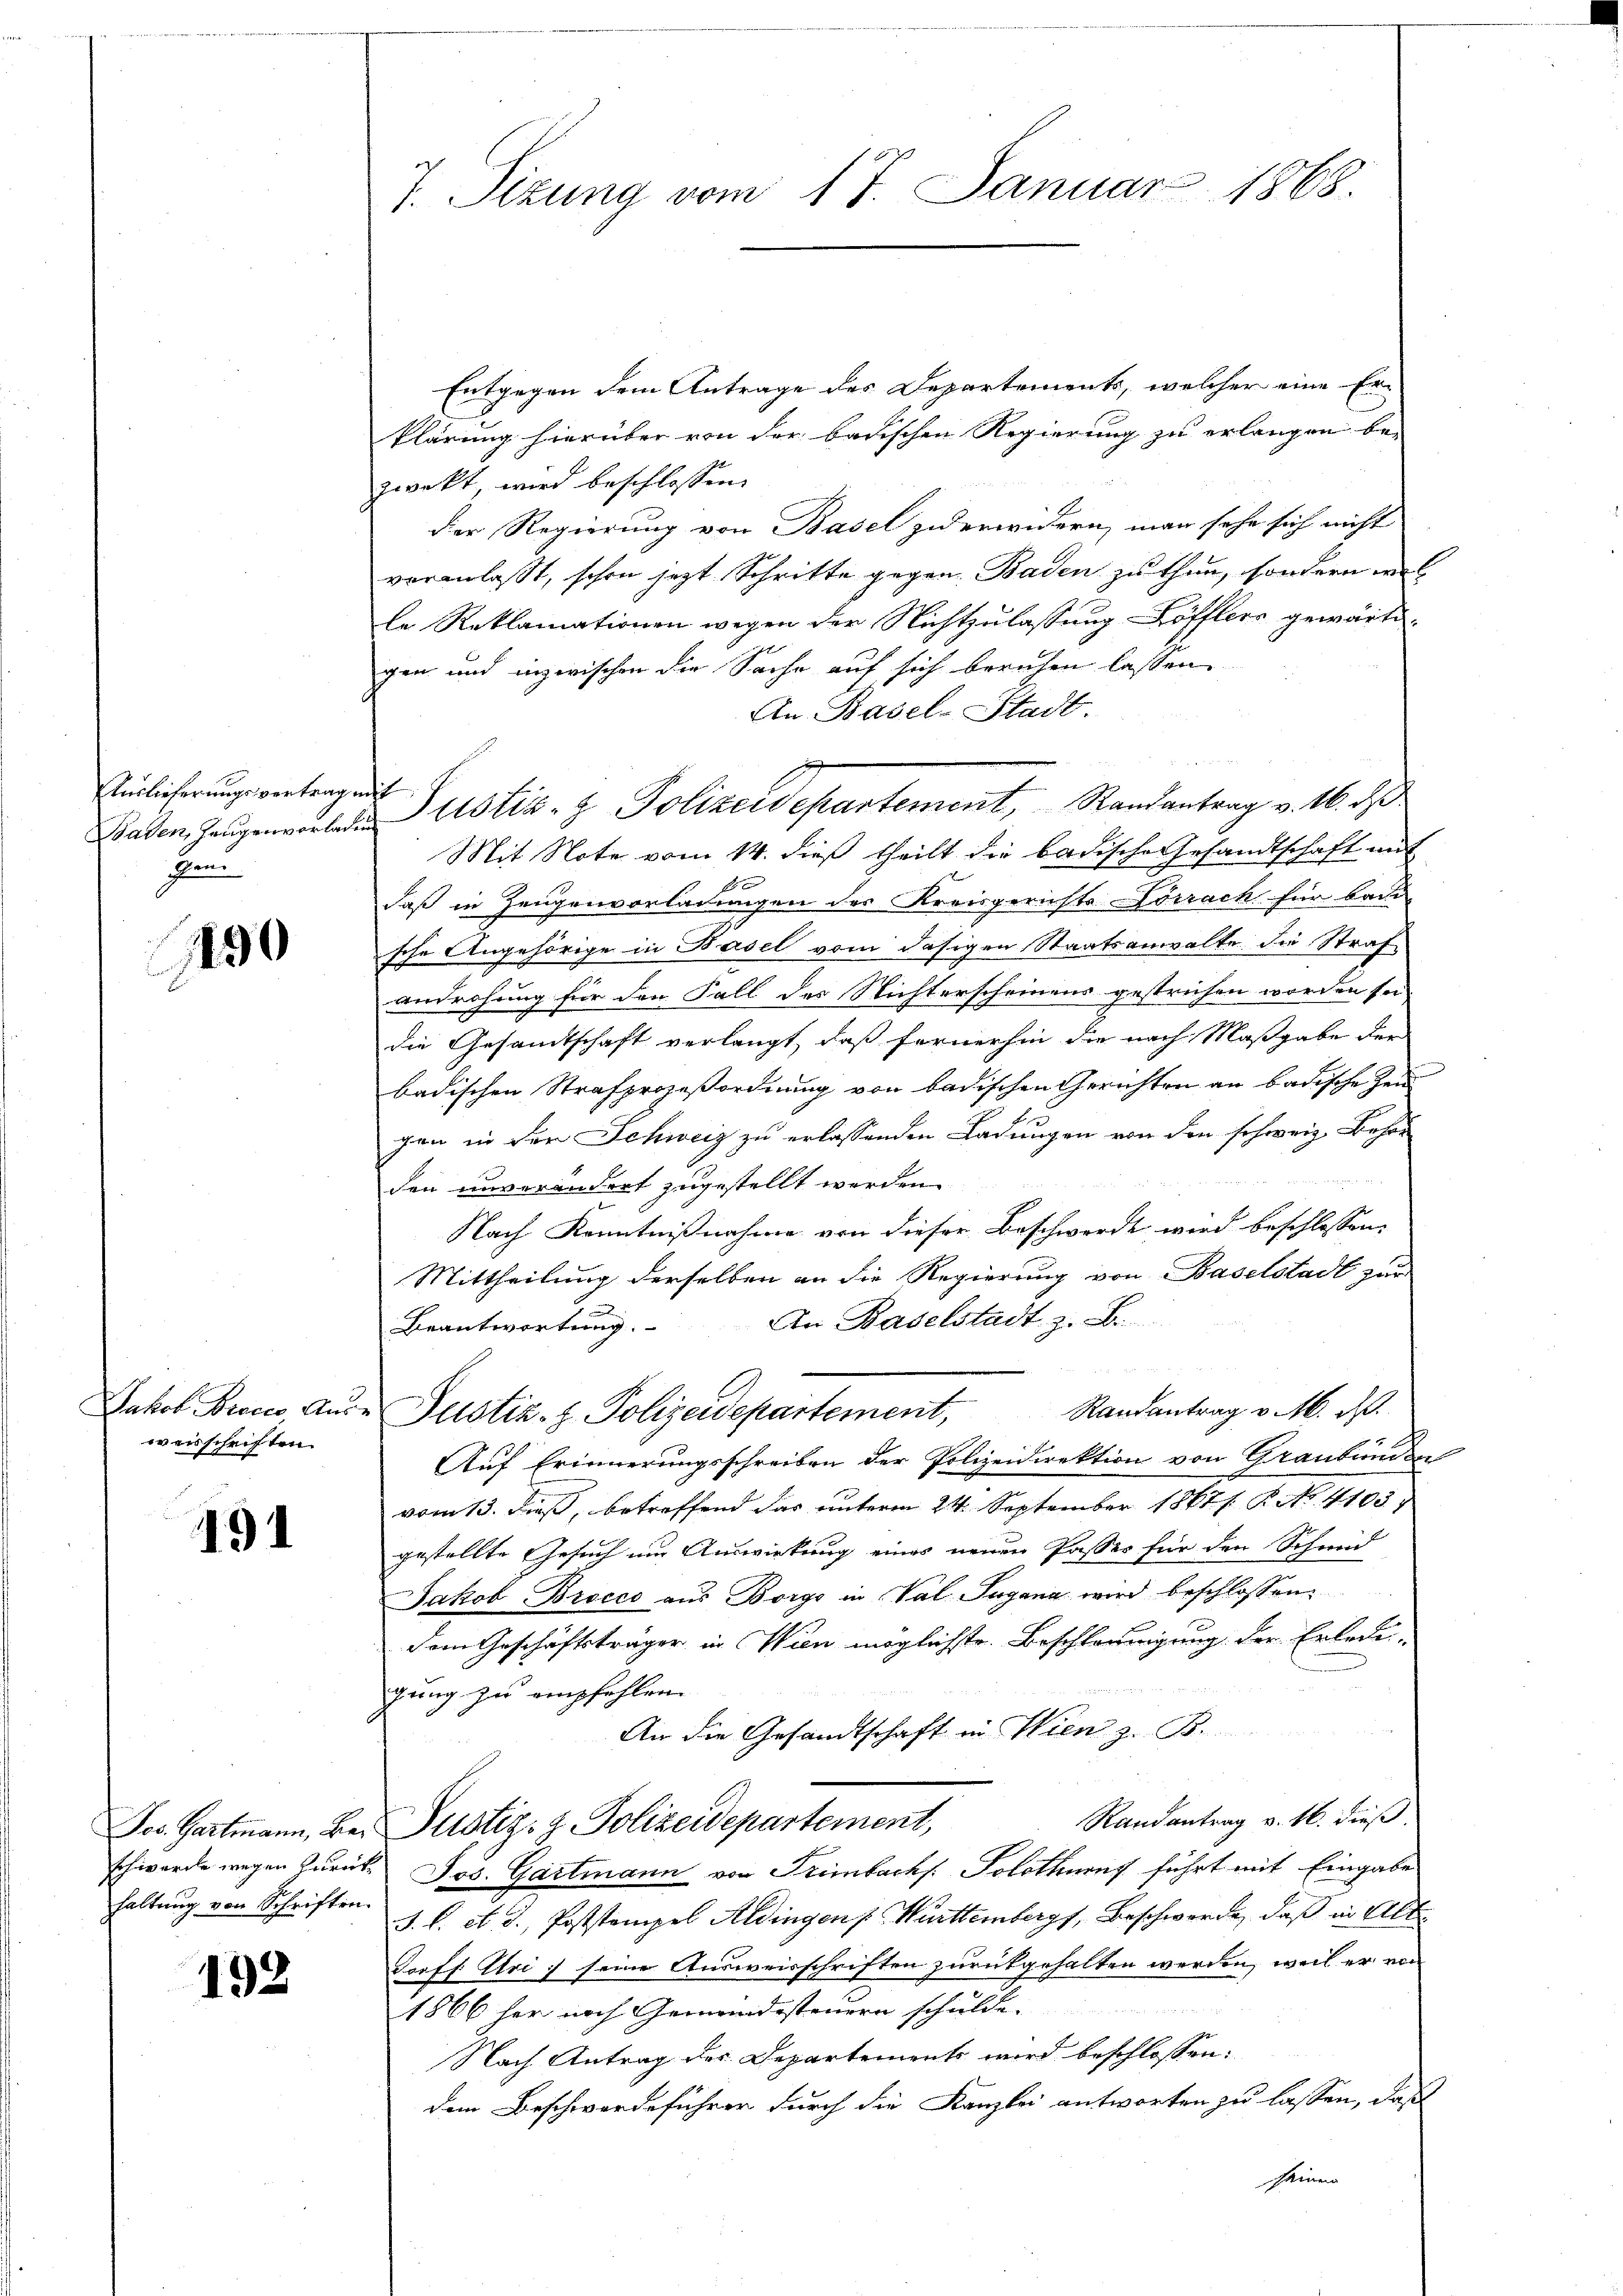
Auslieferungsvertrage
Baden, Zeugenvorladen
Ien

1490

Jakob Braces, Ausweisschriften.

191

haltung von Schriften.

193

7. Situng vom 17. Januar 1868.

Entgegen dem Antrage des Departements, welcher eine Erklärung hierüber von der badischen Regierung zu erlangen be-
zweckt, wird beschlossen:
der Regierung von Basel zu erwidern, man sehr sich nicht
veranlasst, schon jezt Schritte gegen Baden zu thun, sondern wel
le Reklamationen wegen der Nichtzulassung Löfflers gewärtigen und inzwischen die Sache auf sich beruhen lassen
An Basel-Stadt.
Justiz- & Polizeidepartement, Randantrag v. 16. d
Mit Note vom 14. dieß theilt die badische Gesandtschaft mit
daß in Zeugenvorladungen des Kreisgerichts Lörrach für bald
sche Angehörige in Basel vom dasigen Staatsanwalte die Straf
androhung für den Fall des Nichterscheinens gestrichen worden sei
die Gesamtschaft verlangt, daß fernerhin die nach Maßgabe der
badischen Strafprozeßordnung von badischen Gerichten an badische Zeu
f.
gen in der Schweiz zu erlassenden Ladungen von den schweiz. Behör
den unverändert zugestellt werden.
Nach Kenntnißnahme von dieser Beschwerde wird beschlossen:
Mittheilung derselben an die Regierung von Baselstadt zur
An Baselstadt z. B.
Beantwortung.
Randantrag v. M. D.
Justiz- z. Polizeidepartement,
Auf Erinnerungsschreiben der Polizeidirektion von Graubünden
vom 13. dieß, betreffend das ŭnterm 24. September 1861 f. 8. No. 41037
gestellte Gesuch nur Auswirkung eines neuen Passes für den Schmid
Jakob Brocco aus Borgo in Val Lugana wird beschlossen:
dem Geschäftsträger in Wien möglichste Beschleunigung der Erledigung zu empfehlen.
An die Gesandtschaft in Wien z. B.
Randantrag v. M. dieß.
Jos. Gartmann, Bei Pustiz- & Polizeidepartement,
schwerde wegen zurück. Jos. Gartmann von Trimbachs. Solothung führt mit Eingabe
J. l. et. d. Poststempel Aldingen Württemberg, Beschwerde, daß in Alte
Jorff Uri seine Ausweisschriften zurückgehalten werden, weil er von
1866 her nach Gemeindesteuern schulde.
Nach Antrag des Departements wird beschlossen:
dem Beschwerdeführer durch die Kanzlei antworten zu lassen, daß
seinen

i